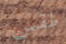
طقس